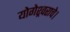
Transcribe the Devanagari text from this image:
योगेश्र्वराचे।